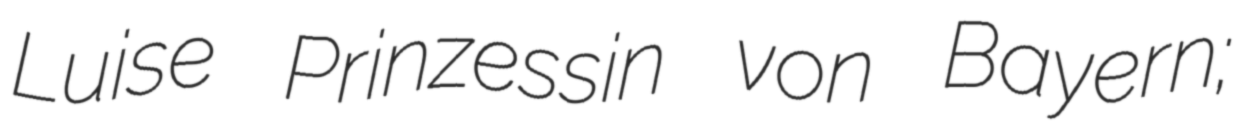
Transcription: Luise Prinzessin von Bayern;